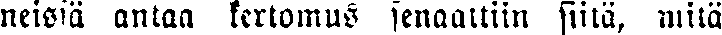
neisiä antaa kertomus senaattiin siitä, mitä